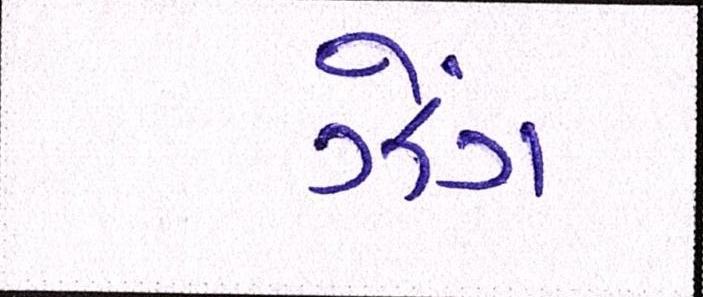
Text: ઝેંગ